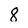
Character: 8